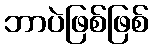
ဘာပဲဖြစ်ဖြစ်